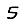
Digit: 5